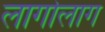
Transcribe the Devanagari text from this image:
लागोलाग